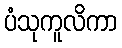
ပံသုကူလိကာ